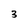
Character: 3